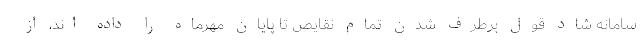
سامانه شاد قول برطرف شدن تمام نقایص تا پایان مهرماه را داده اند، از